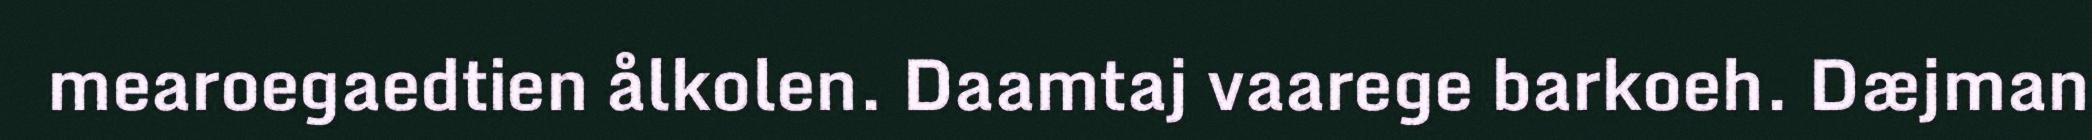
mearoegaedtien ålkolen. Daamtaj vaarege barkoeh. Dæjman